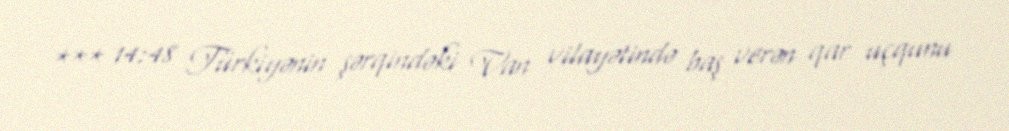
*** 14:48 Türkiyənin şərqindəki Van vilayətində baş verən qar uçqunu